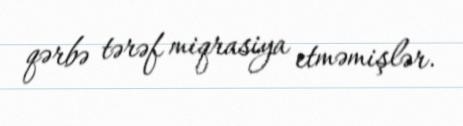
qərbə tərəf miqrasiya etməmişlər.